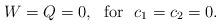
LaTeX: \begin{align*}W=Q=0,\ \ \mathrm{for}\ \ c_{1}=c_{2}=0. \end{align*}